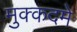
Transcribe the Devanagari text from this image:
मुक्कदमे